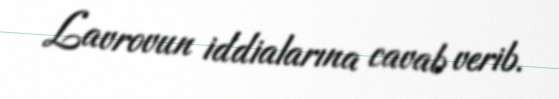
Lavrovun iddialarına cavab verib.